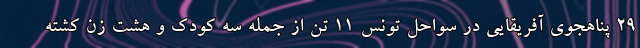
۲۹ پناهجوی آفریقایی در سواحل تونس ۱۱ تن از جمله سه کودک و هشت زن کشته